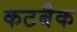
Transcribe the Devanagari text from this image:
कटबैक